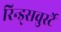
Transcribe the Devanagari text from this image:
रिन्ड्सवुर्स्टे